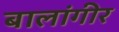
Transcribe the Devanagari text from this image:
बालांगीर